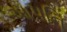
આપનિ